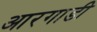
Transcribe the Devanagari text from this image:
आरगाडी